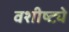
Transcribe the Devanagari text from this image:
वशीष्ट्ये